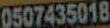
0507435018